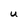
Character: U